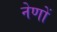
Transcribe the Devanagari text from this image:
नेणों